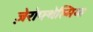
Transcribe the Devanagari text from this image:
ज़ेरोफ्थेल्मिया